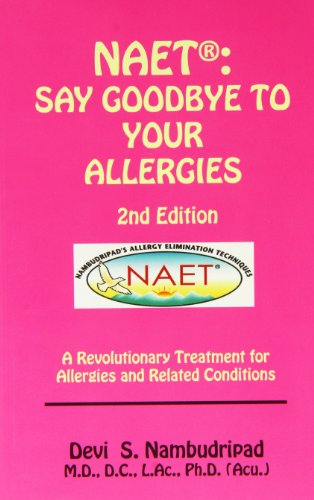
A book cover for Naet Say Goodbye To Your Allergies 2nd Edition; Devi S. Nambudripad; Health, Fitness & Dieting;